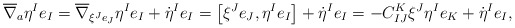
\begin{gather*} \overline{ \nabla } _a \eta ^I e _I = \overline{ \nabla } _{ \xi ^J e _J } \eta ^I e _I + \dot{ \eta } ^I e _I= \big[ \xi ^J e _J , \eta ^I e _I \big] + \dot{ \eta } ^I e _I = - C _{ I J } ^K \xi ^J \eta ^I e _K + \dot{ \eta } ^I e _I , \end{gather*}